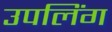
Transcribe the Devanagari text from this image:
उपलिंग